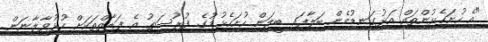
"އެ ހުށަހެޅުންތައް އަޅުގަނޑުމެން ބަލާފައި ބީލަން ހުށަހެޅުމުގެ ފުރުސަތު އެ ފަރާތްތަކަށް ހުޅުވާލާނަން.